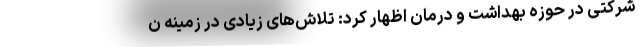
شرکتی در حوزه بهداشت و درمان اظهار کرد: تلاش‌های زیادی در زمینه ن